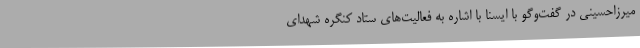
میرزاحسینی در گفت‌وگو با ایسنا با اشاره به فعالیت‌های ستاد کنگره شهدای